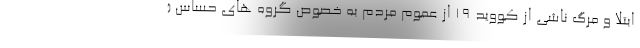
ابتلا و مرگ ناشی از کووید ۱۹ از عموم مردم به خصوص گروه های حساس (